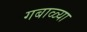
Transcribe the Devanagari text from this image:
गबाळ्या